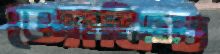
জোকিচ